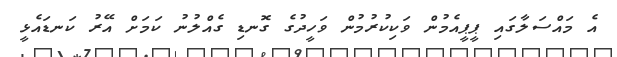
އެ މައްސަލާގައި ޕީޕީއެމުން ވަކިކުރުމުން ވަހީދުގެ ގޮނޑި ގެއްލުނު ކަމަށް އޭރު ކަނޑައެޅީ